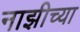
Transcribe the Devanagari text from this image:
नाझीच्या